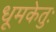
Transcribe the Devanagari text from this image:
धूमकेतुः